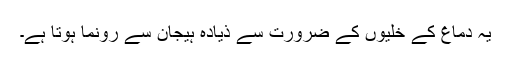
یہ دماغ کے خلیوں کے ضرورت سے ذیادہ ہیجان سے رونما ہوتا ہے۔